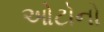
ઓટોનો